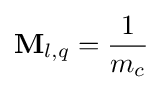
\mathbf {M} _{l,q}={\frac {1}{m_{c}}}